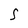
Character: S